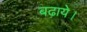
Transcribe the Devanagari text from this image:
बढ़ाये।